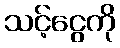
သင့်ငွေကို